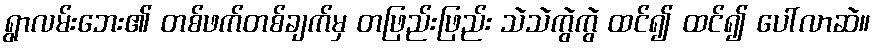
ရွာလမ်းဘေး၏ တစ်ဖက်တစ်ချက်မှ တဖြည်းဖြည်း သဲသဲကွဲကွဲ ထင်၍ ထင်၍ ပေါ်လာဆဲ။